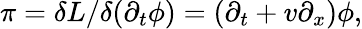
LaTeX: \pi=\delta L/\delta(\partial_{t}\phi)=(\partial_{t}+v\partial_{x})\phi,